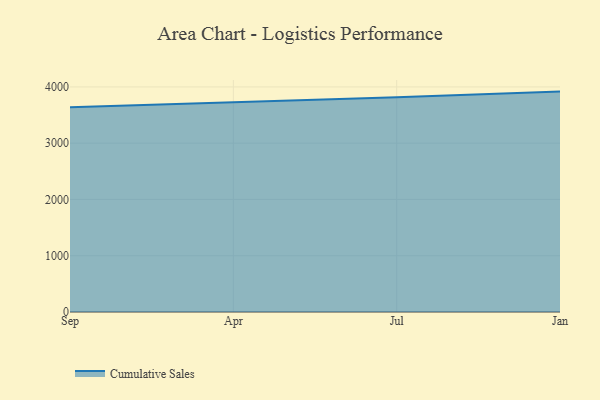
{"axis": {"x": "Month", "y": "Budget (USD K)"}, "legend": ["Cumulative Sales"], "data": [{"x": "Sep", "y": 3636.3, "type": "Cumulative Sales"}, {"x": "Apr", "y": 3725.1, "type": "Cumulative Sales"}, {"x": "Jul", "y": 3814.3, "type": "Cumulative Sales"}, {"x": "Jan", "y": 3916.6, "type": "Cumulative Sales"}]}